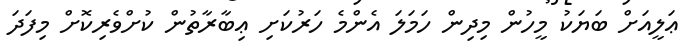
ޢަލީއަށް ބަޔަކު މީހުން މިދިން ހަމަލަ އެންމެ ހަރުކަށި ޢިބާރާތުން ކުށްވެރިކޮށް މިފަދަ